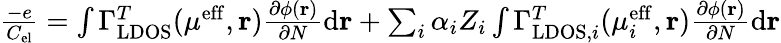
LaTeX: \begin{array}{r}{\frac{-e}{C_{\mathrm{el}}}=\int\Gamma_{\mathrm{LDOS}}^{T}(\mu^{\mathrm{eff}},\mathbf{r})\frac{\partial\phi(\mathbf{r})}{\partial N}\mathrm{d}\mathbf{r}+\sum_{i}\alpha_{i}Z_{i}\int\Gamma_{\mathrm{LDOS},i}^{T}(\mu_{i}^{\mathrm{eff}},\mathbf{r})\frac{\partial\phi(\mathbf{r})}{\partial N}\mathrm{d}\mathbf{r}}\end{array}